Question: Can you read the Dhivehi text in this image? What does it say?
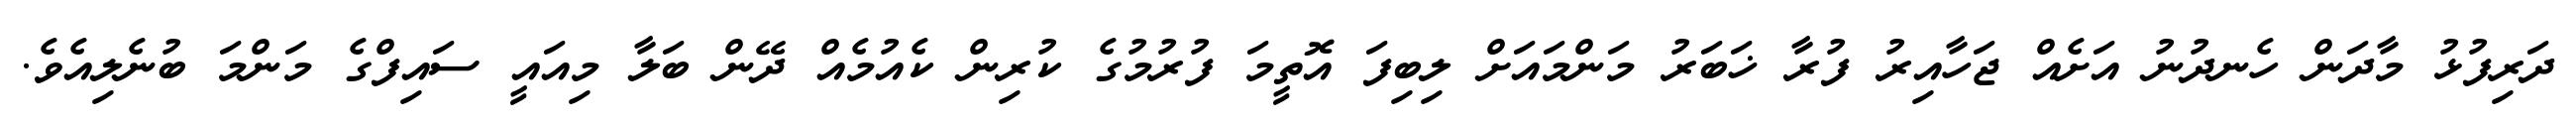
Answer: ދަރިފުޅު މާދަން ހެނދުނު އަށެއް ޖަހާއިރު ފުރާ ޚަބަރު މަންމައަށް ލިބިފަ އޮތީމަ ފުރުމުގެ ކުރިން ކެއުމެއް ދޭން ބަލާ މިއައީ ސައިފްގެ މަންމަ ބުނެލިއެވެ.